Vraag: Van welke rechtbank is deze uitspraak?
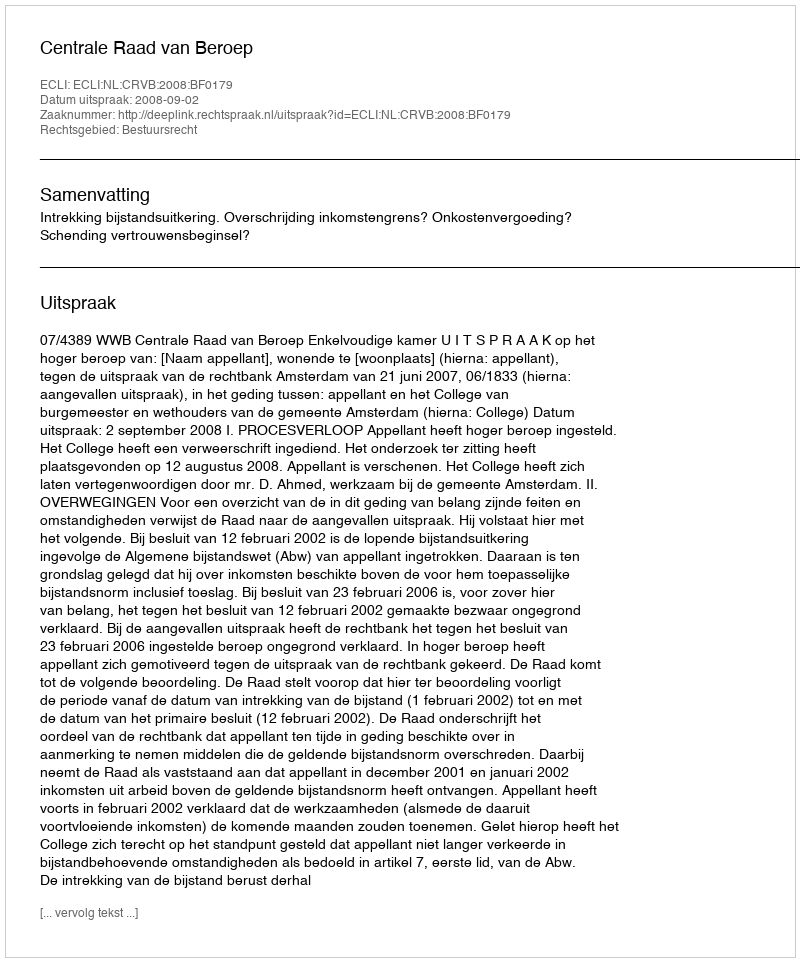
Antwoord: Centrale Raad van Beroep